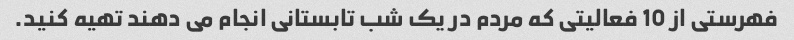
فهرستی از 10 فعالیتی که مردم در یک شب تابستانی انجام می دهند تهیه کنید.